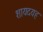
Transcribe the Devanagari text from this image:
शायदयह